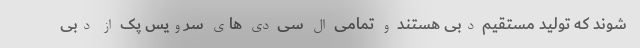
شوند که تولید مستقیم دبی هستند و تمامی ال سی دی های سرویس پک از دبی